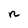
Character: n